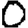
Digit: 0